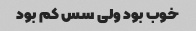
خوب بود ولی سس کم بود